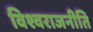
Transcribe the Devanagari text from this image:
विश्वराजनीति